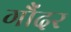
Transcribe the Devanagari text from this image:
गौंदर